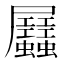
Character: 𧖉